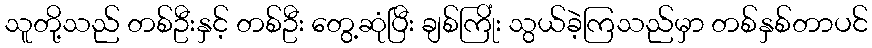
သူတို့သည် တစ်ဦးနှင့် တစ်ဦး တွေ့ဆုံပြီး ချစ်ကြိုံး သွယ်ခဲ့ကြသည်မှာ တစ်နှစ်တာပင်